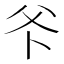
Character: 𭶺